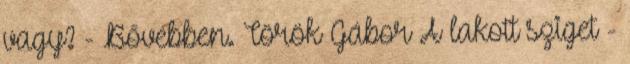
vagy? - Bővebben. Török Gábor A lakott sziget -